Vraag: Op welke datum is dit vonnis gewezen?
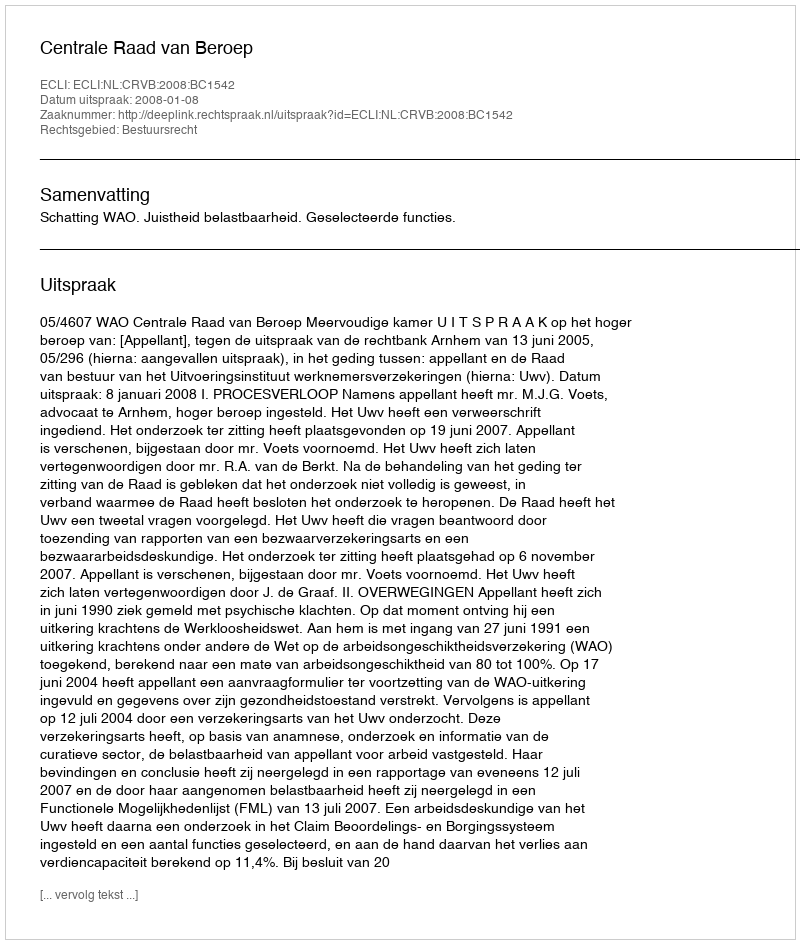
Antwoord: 2008-01-08